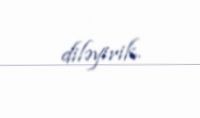
diləyirik.